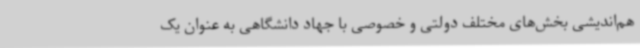
هم‌اندیشی بخش‌های مختلف دولتی و خصوصی با جهاد دانشگاهی به عنوان یک